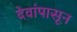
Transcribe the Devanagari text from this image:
देवांपासून